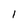
Character: 1